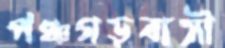
পঞ্চগড়বাসী